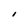
Character: I